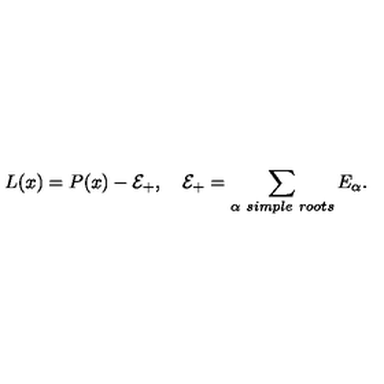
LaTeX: L ( x ) = P ( x ) - { \cal E } _ { + } , \quad { \cal E } _ { + } = \sum _ { \alpha \ s i m p l e \ r o o t s } E _ { \alpha } .